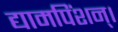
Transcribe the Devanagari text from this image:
द्यामपिंशन्।